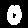
Digit: 0